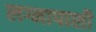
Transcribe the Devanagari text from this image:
लग्नापाशी